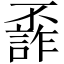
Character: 𠁙